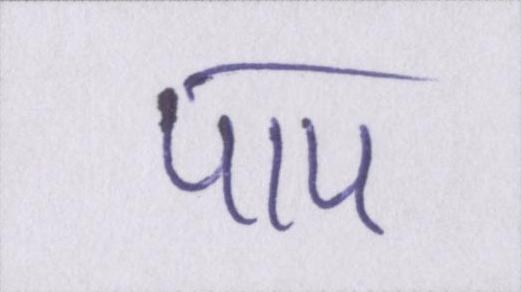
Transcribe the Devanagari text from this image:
पाप